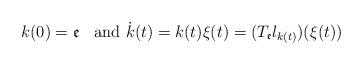
LaTeX: \begin{align*}k(0) = {\mathfrak e} \; \; \mbox{ and } \dot{k}(t) = k(t) \xi(t) = (T_{\mathfrak e} l_{k(t)})(\xi(t))\end{align*}